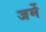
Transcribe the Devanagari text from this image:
जर्मे